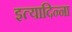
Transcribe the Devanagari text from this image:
इत्यादिन्ना